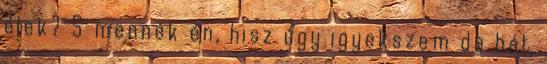
élek? S mennék én, hisz úgy igyekszem de hát